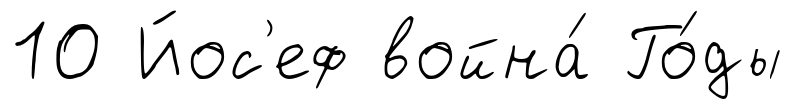
10 Йос'еф война́ Го́ды